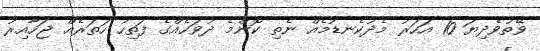
ވޭތުވެދިޔަ 10 އަހަރު މެދުކެނޑުމެއް ނެތި ކޮންމެ ދުވަހެއްގެ ފަތިހު ހަތަރެއް ޖަހާއިރު